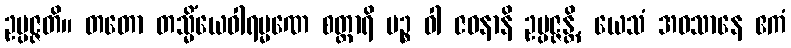
ဥပ္ပဇ္ဇတိ။ တတော တသ္မိံယေဝါရမ္မဏေ စတ္တာရိ ပဉ္စ ဝါ ဇဝနာနိ ဥပ္ပဇ္ဇန္တိ, ယေသံ အဝသာနေ ဧကံ